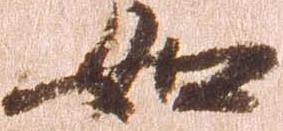
如